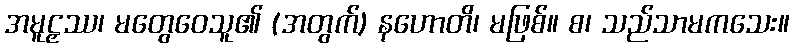
အမူဠှဿ၊ မတွေဝေသူ၏ (အတွက်) နဟောတိ၊ မဖြစ်။ စ၊ သည်သာမကသေး။